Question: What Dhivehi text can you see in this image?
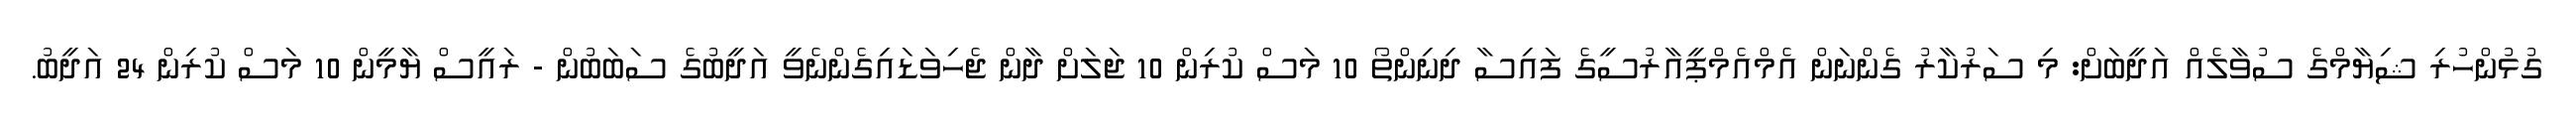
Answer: ގުޅުންހުރި ޝިޔާމްގެ ސުވާލެއް އަދީބަށް: މި ސަރުކާރު ގެންނަން އެމްއެމްޕީއާރުސީގެ ފައިސާ ދިނިންތޯ 10 މަސް ކުރިން 10 ޖަލަށް ދާން ޖެހިވަޑައިގެންނެވީ އަދީބުގެ ސަބަބުން - ރައީސް ޔާމީން 10 މަސް ކުރިން 24 އަދީބު.